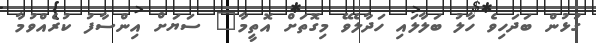
ގުޅުން ބަދަހިވެ ހާލު ބަލާލައި ހަދާލެވޭ މިގޮތަށް އޮތީމާ" ސަޔަށް އިންސާފު ކުރެއްވުމާ